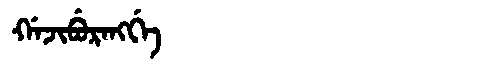
Manchu: ᡤᠠᠵᡳᠪᡠᡵᠠᠩᡤᡝ
Romanization: GAJIBURANGGE